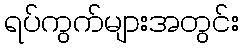
ရပ်ကွက်များအတွင်း